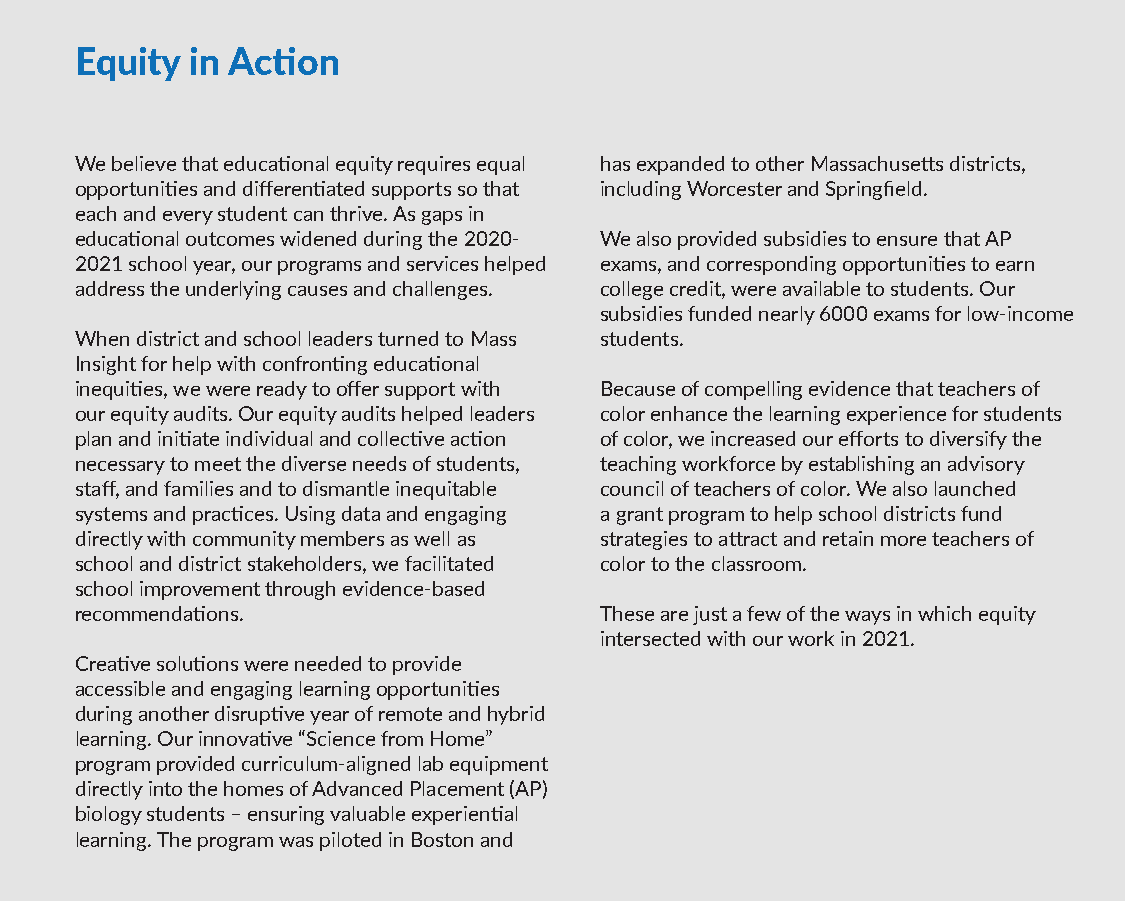
Equity  in Action
 We believe that educational equity requires equal has expanded to other Massachusetts districts,
 opportunities and differentiated supports so that including Worcester and Springfield.
 each and every student can thrive. As gaps in
 educational outcomes widened during the 2020- We also provided subsidies to ensure that AP
 2021 school year, our programs and services helped exams, and corresponding opportunities to earn
 address the underlying causes and challenges. college credit, were available to students. Our
 subsidies funded nearly 6000 exams for low-income
 When district and school leaders turned to Mass students.
 Insight for help with confronting educational
 inequities, we were ready to offer support with Because of compelling evidence that teachers of
 our equity audits. Our equity audits helped leaders color enhance the learning experience for students
 plan and initiate individual and collective action of color, we increased our efforts to diversify the
 necessary to meet the diverse needs of students, teaching workforce by establishing an advisory
 staff, and families and to dismantle inequitable council of teachers of color. We also launched
 systems and practices. Using data and engaging a grant program to help school districts fund
 directly with community members as well as strategies to attract and retain more teachers of
 school and district stakeholders, we facilitated color to the classroom.
 school improvement through evidence-based
 recommendations.                   These are just a few of the ways in which equity
 intersected with our work in 2021.
 Creative solutions were needed to provide
 accessible and engaging learning opportunities
 during another disruptive year of remote and hybrid
 learning. Our innovative “Science from Home”
 program provided curriculum-aligned lab equipment
 directly into the homes of Advanced Placement (AP)
 biology students – ensuring valuable experiential
 learning. The program was piloted in Boston and